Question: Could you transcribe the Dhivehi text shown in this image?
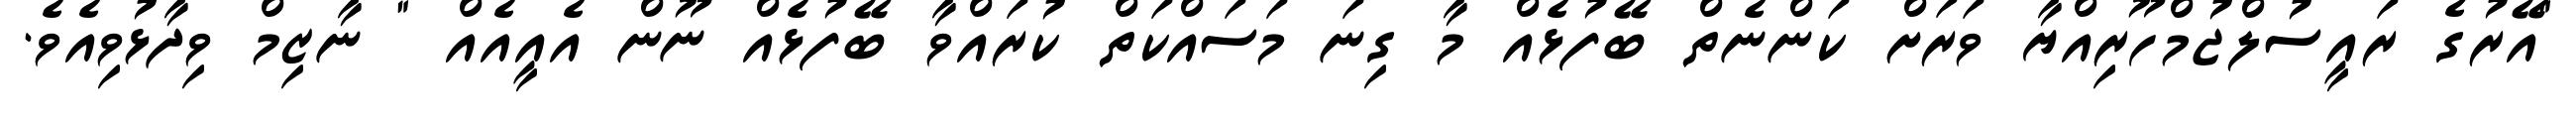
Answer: "އޭރުގެ ރައީސުލްޖުމްހޫރިއްޔާ ވަރަށް ކަންނެތް ބޭފުޅެއް މާ ގިނަ މަސައްކަތް ކުރައްވާ ބޭފުޅެއް ނޫން އެއީއެއް " ނާޒިމް ވިދާޅުވިއެވެ.